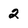
Character: 2